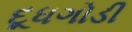
દૂધગોડી